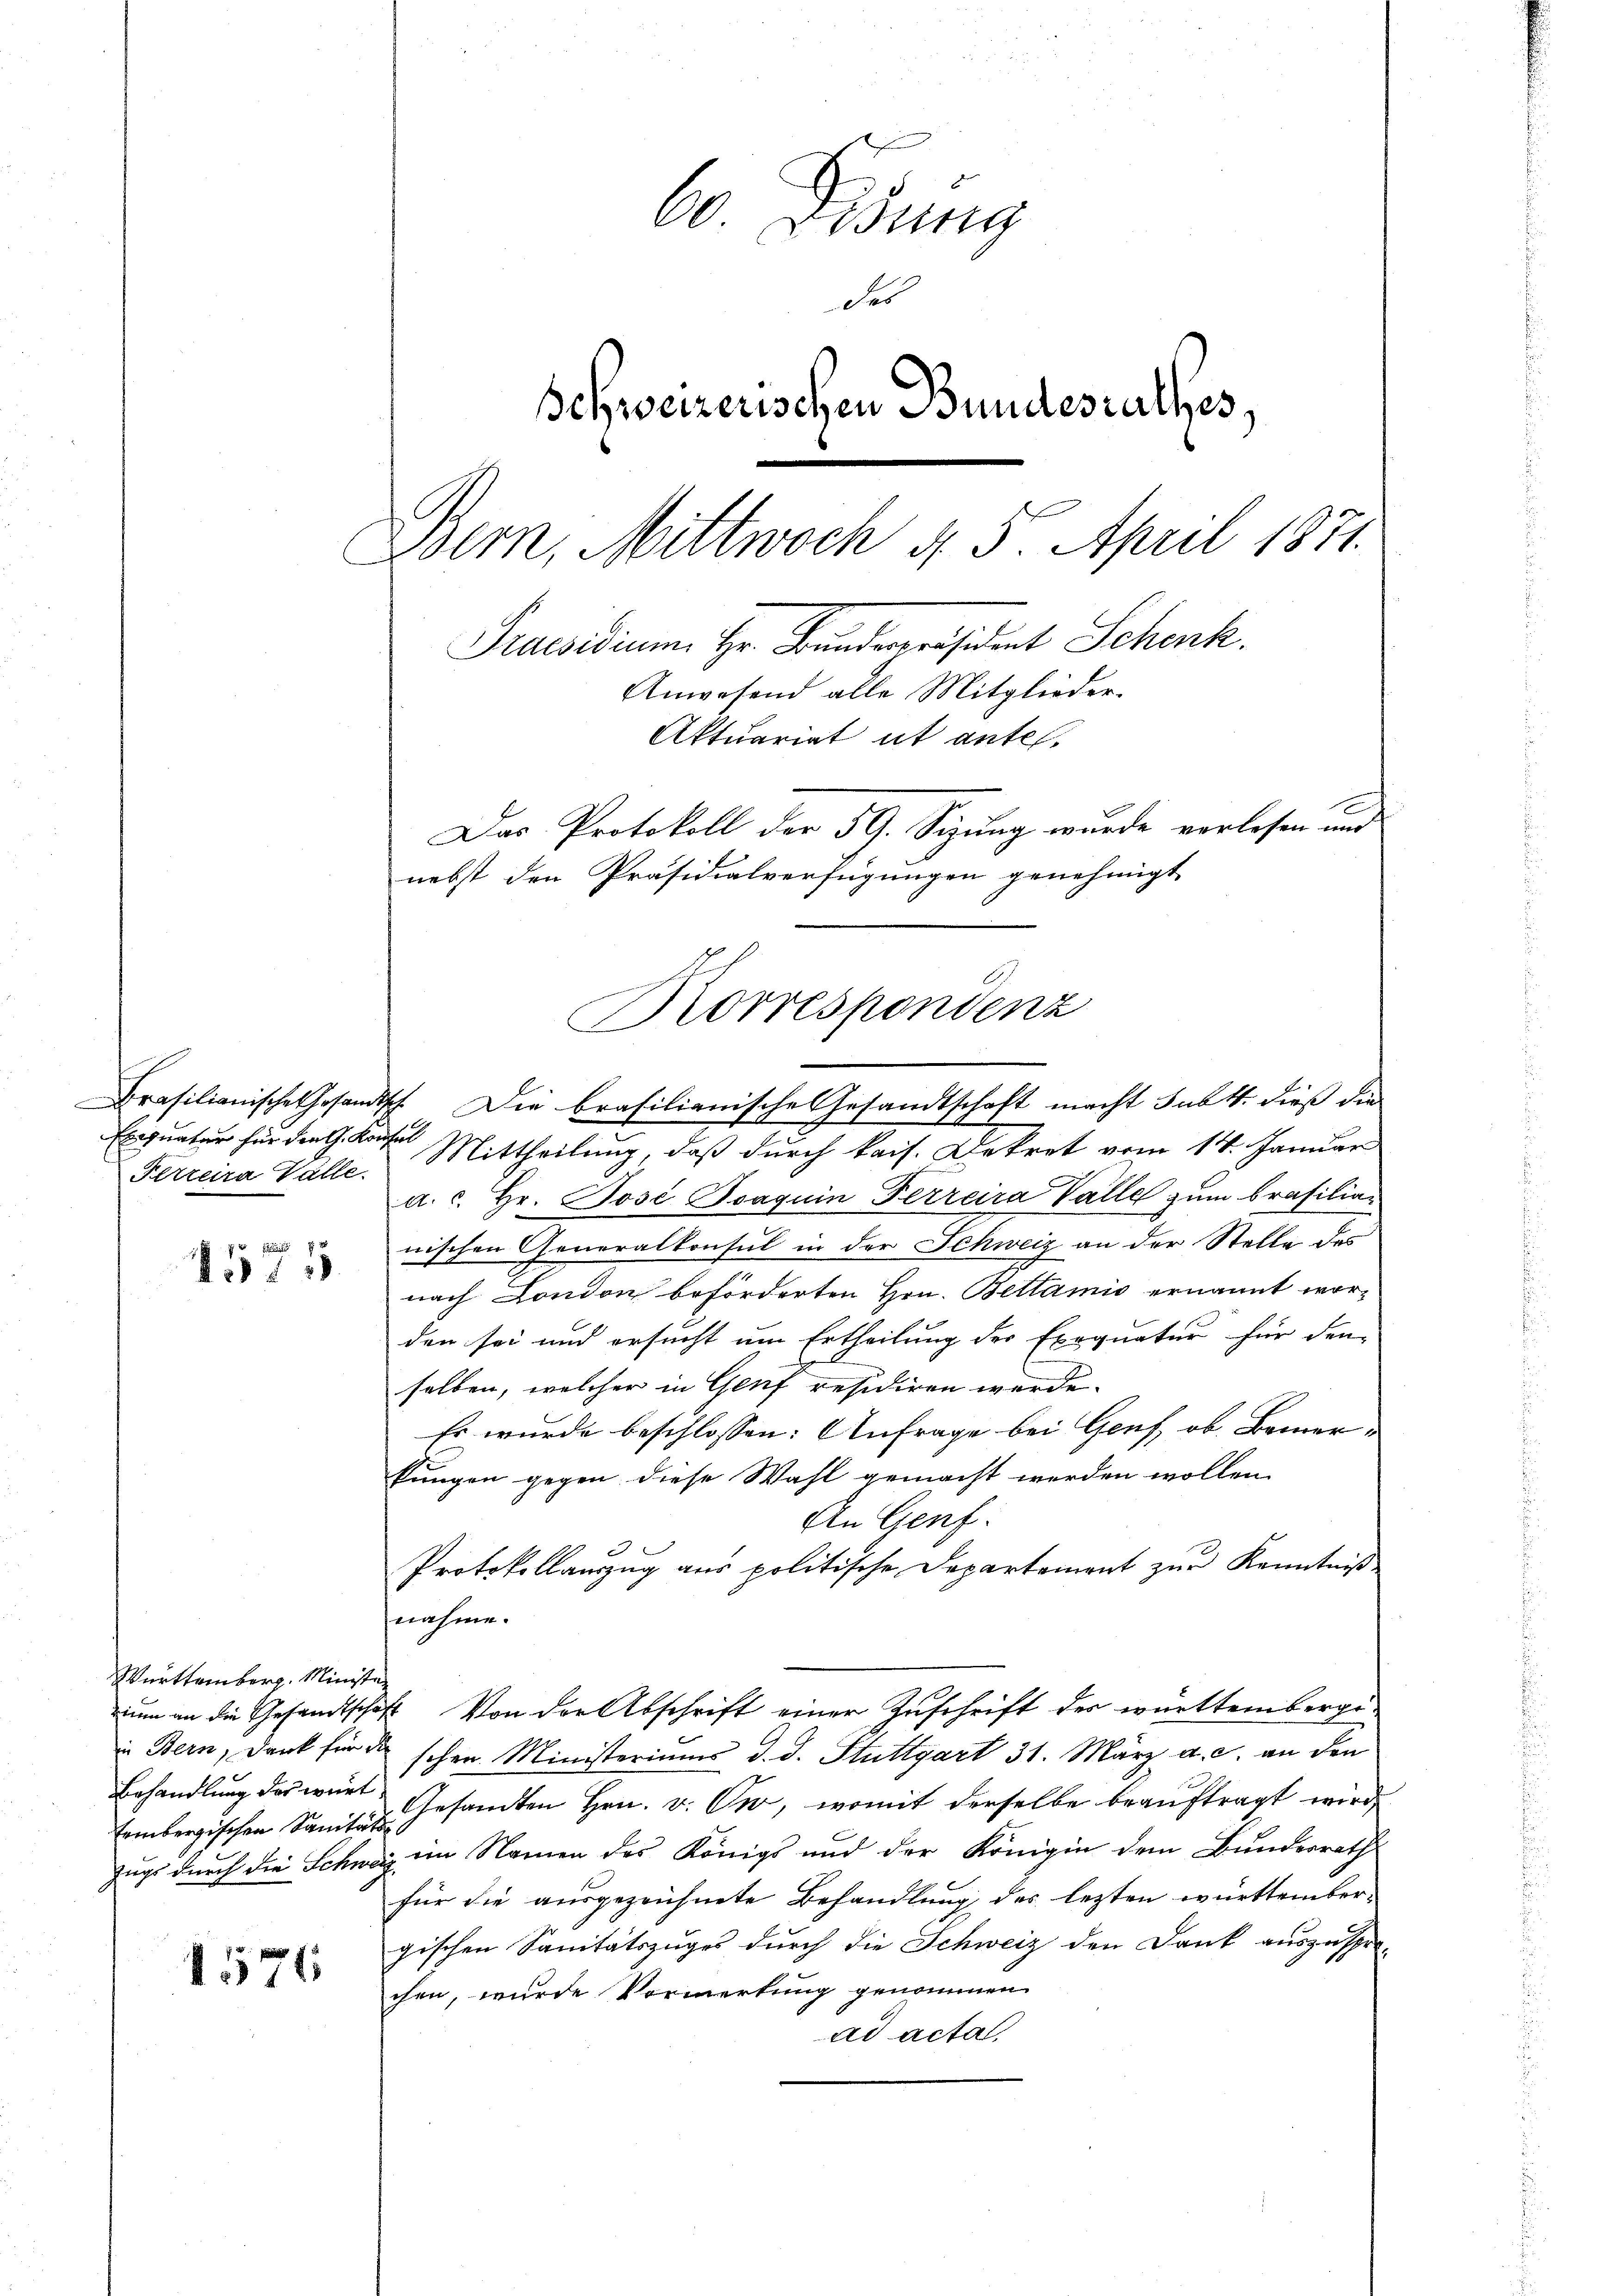
Exequatur für die G. Konfel
Perreira Valle.

1571

Württemberg. Ministe
Behandlung des wirt

1576

60. Lesung
des
Schweizerischen Bundesrathes
Bern, Mittwoch 4. 5. April 1871.
Praesidium Hr. Bunderpräsident Schenk.
Anwesend alle Mitglieder-
Aktuariat ut antel.
Das Protokoll der 59. Sigung wurde vorlesen und
nebst den Präsidialverfügungen genehmigt

Brasilianische Gesandtsch. Die brasilianische Gesandtschaft macht subt. dieß die
2
Mittheilung, daß durch kais. Dekret vom 14. Januar
a. c. Hr. José Ssaquin Ferreira Valle zum Brasilian
nischen Generalkonsul in der Schweiz an der Stelle des
nach London beförderten Hrn. Bettamis ernannt worden sei und ersucht um Ertheilung der Exequatur für den
h
selben, welcher in Genf residiren werde.
Es wurde beschlossen: Anfrage bei Genf, ob Bemerkungen gegen diese Wahl gemacht werden wollen.
An Genf.
2
Protokollauszug aus politische Departement zŭr Kenntniß
nahme.
ium an die Gesandtschaft. Von der Abschrift einer Zuschrift des württembergein Bern, Dank für die schen Ministeriums d. d. Stuttgart 31. März a. c. an den
Einbergischen Sanitäts-Gesandten Hrn. v. Ow, womit derselbe beauftragt wird
Zugs durch die Schweiz im Namen des Königs und der Königin dem Bundesrath
für die ausgezeichnete Behandlung des lezten württember-
gischen Sanitätszuges durch die Schweiz den Dank auszuspre-
chen, wurde Vormerkung genommen.
ad acta,

Korrespondenz